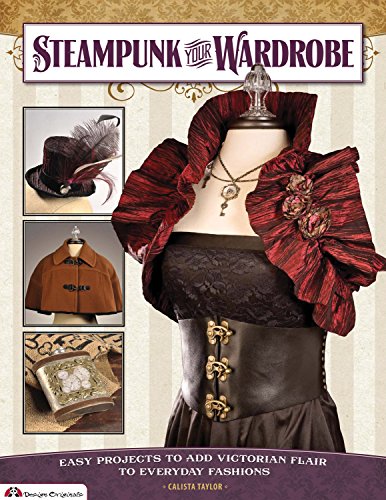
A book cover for Steampunk Your Wardrobe: Easy Projects to Add Victorian Flair to Everyday Fashions; Calista Taylor; Crafts, Hobbies & Home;